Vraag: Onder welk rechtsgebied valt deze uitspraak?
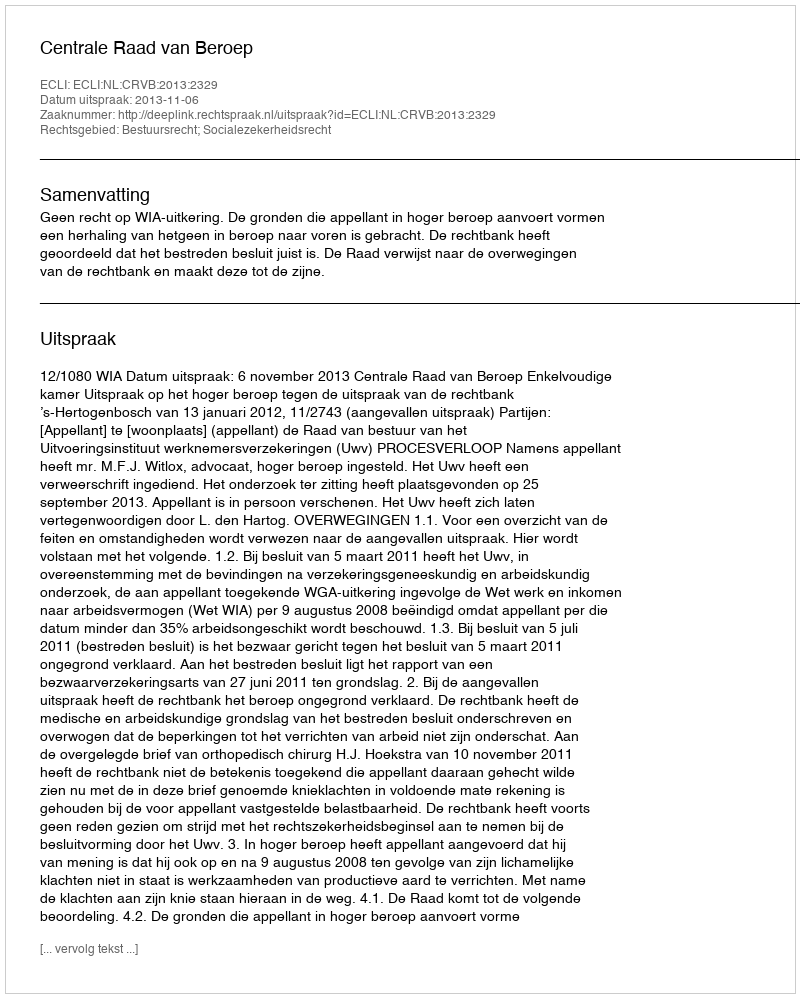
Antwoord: Bestuursrecht; Socialezekerheidsrecht